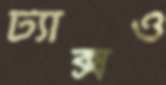
ট্যাক্সও